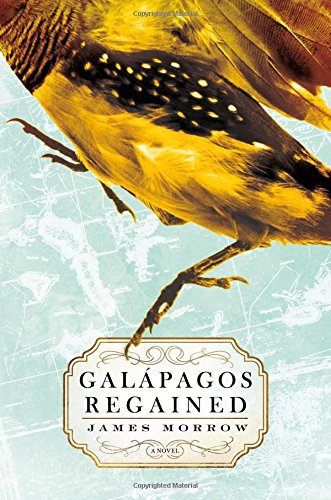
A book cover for Galapagos Regained: A Novel; James Morrow; Travel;